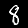
Label: 8